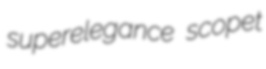
superelegance scopet